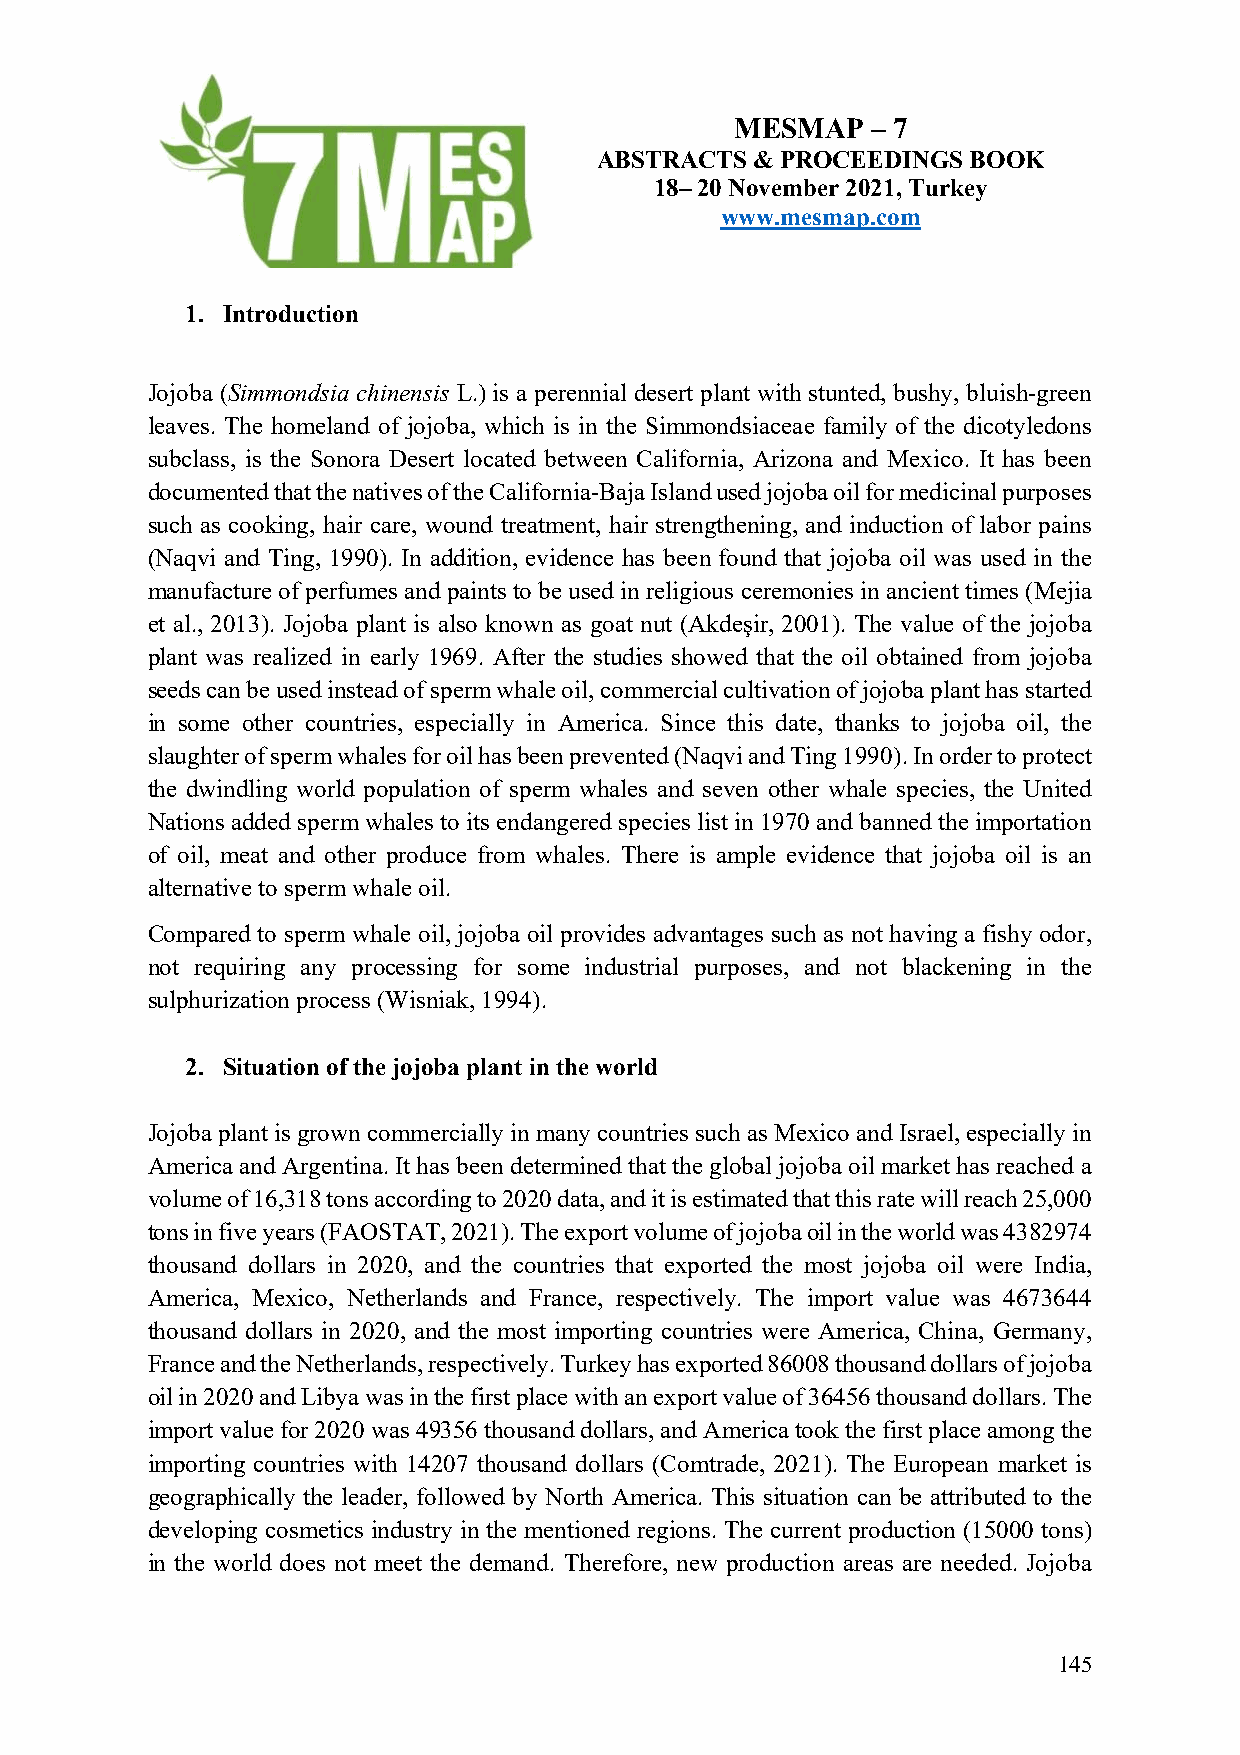
MESMAP   – 7
 ABSTRACTS  & PROCEEDINGS BOOK
 18– 20 November 2021, Turkey
 www.mesmap.com
 1. Introduction
 Jojoba (Simmondsia chinensis L.) is a perennial desert plant with stunted, bushy, bluish-green
 leaves. The homeland of jojoba, which is in the Simmondsiaceae family of the dicotyledons
 subclass, is the Sonora Desert located between California, Arizona and Mexico. It has been
 documented that the natives of the California-Baja Island used jojoba oil for medicinal purposes
 such as cooking, hair care, wound treatment, hair strengthening, and induction of labor pains
 (Naqvi and Ting, 1990). In addition, evidence has been found that jojoba oil was used in the
 manufacture of perfumes and paints to be used in religious ceremonies in ancient times (Mejia
 et al., 2013). Jojoba plant is also known as goat nut (Akdeşir, 2001). The value of the jojoba
 plant was realized in early 1969. After the studies showed that the oil obtained from jojoba
 seeds can be used instead of sperm whale oil, commercial cultivation of jojoba plant has started
 in some other countries, especially in America. Since this date, thanks to jojoba oil, the
 slaughter of sperm whales for oil has been prevented (Naqvi and Ting 1990). In order to protect
 the dwindling world population of sperm whales and seven other whale species, the United
 Nations added sperm whales to its endangered species list in 1970 and banned the importation
 of oil, meat and other produce from whales. There is ample evidence that jojoba oil is an
 alternative to sperm whale oil.
 Compared to sperm whale oil, jojoba oil provides advantages such as not having a fishy odor,
 not requiring any processing for some industrial purposes, and not blackening in the
 sulphurization process (Wisniak, 1994).
 2. Situation of the jojoba plant in the world
 Jojoba plant is grown commercially in many countries such as Mexico and Israel, especially in
 America and Argentina. It has been determined that the global jojoba oil market has reached a
 volume of 16,318 tons according to 2020 data, and it is estimated that this rate will reach 25,000
 tons in five years (FAOSTAT, 2021). The export volume of jojoba oil in the world was 4382974
 thousand dollars in 2020, and the countries that exported the most jojoba oil were India,
 America, Mexico, Netherlands and France, respectively. The import value was 4673644
 thousand dollars in 2020, and the most importing countries were America, China, Germany,
 France and the Netherlands, respectively. Turkey has exported 86008 thousand dollars of jojoba
 oil in 2020 and Libya was in the first place with an export value of 36456 thousand dollars. The
 import value for 2020 was 49356 thousand dollars, and America took the first place among the
 importing countries with 14207 thousand dollars (Comtrade, 2021). The European market is
 geographically the leader, followed by North America. This situation can be attributed to the
 developing cosmetics industry in the mentioned regions. The current production (15000 tons)
 in the world does not meet the demand. Therefore, new production areas are needed. Jojoba
 145